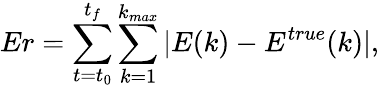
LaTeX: Er=\sum_{t=t_{0}}^{t_{f}}\sum_{k=1}^{k_{max}}|E(k)-E^{true}(k)|,